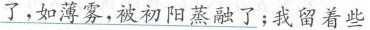
了，如薄雾，被初阳蒸融了；我留着些